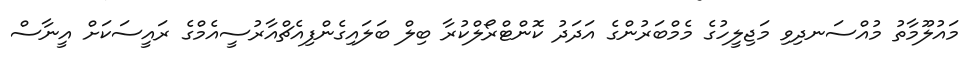
މައުލޫމާތު މުއްސަނދިވި މަޖިލީހުގެ މެމްބަރުންގެ އަދަދު ކޮންޓްރޯލްކުރާ ބިލް ބަލައިގެންފިއެޗްއާރުސީއެމްގެ ރައީސަކަށް އީނާސް